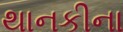
થાનકીના